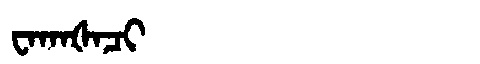
Manchu: ᠸᠠᡴᠠᡧᠠᠴᡳ
Romanization: WAKAŠACI